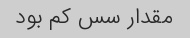
مقدار سس کم بود